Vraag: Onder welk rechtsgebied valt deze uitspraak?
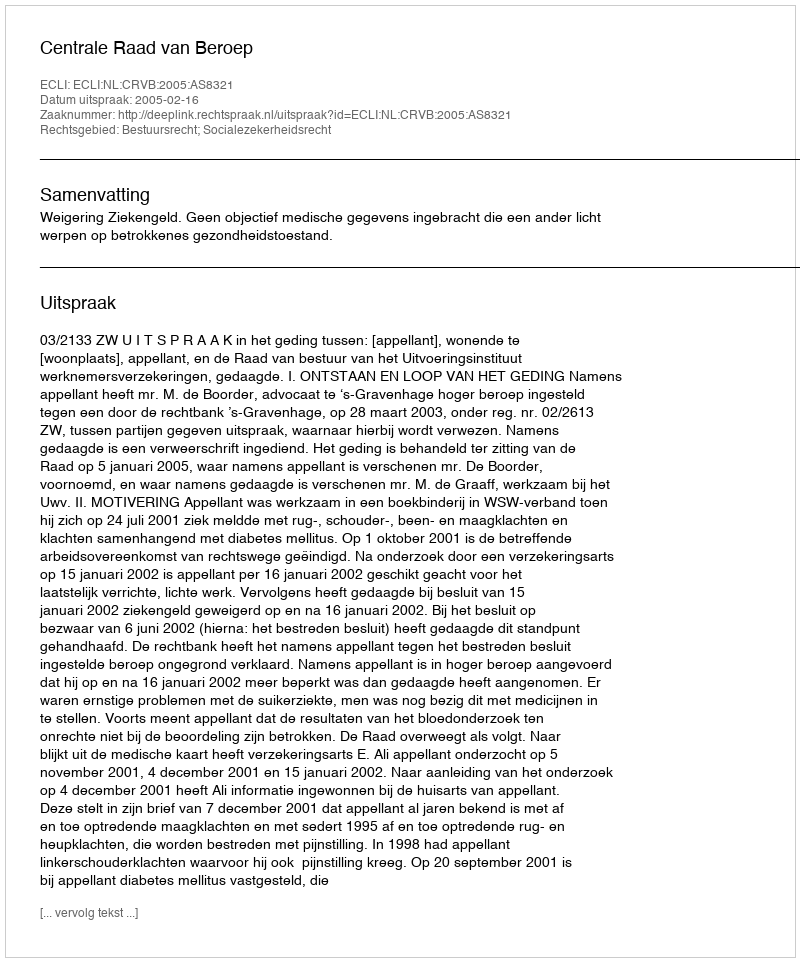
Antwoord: Bestuursrecht; Socialezekerheidsrecht